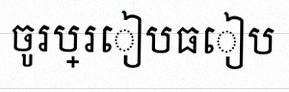
ចូរប្រៀបធៀប